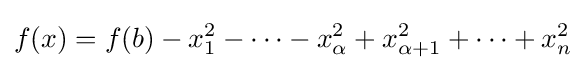
f(x)=f(b)-x_{1}^{2}-\cdots -x_{\alpha }^{2}+x_{\alpha +1}^{2}+\cdots +x_{n}^{2}